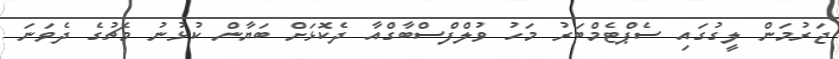
ޖަރުމަން ލީގުގައި ސެޕްޓެމްބަރު މަހު ވުލްފްސްބާގްއާ ދެކޮޅަށް ބަޔާން ކުޅުނު މެޗުގެ ދެވަނަ